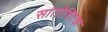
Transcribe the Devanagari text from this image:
सांतोशित्झ